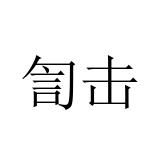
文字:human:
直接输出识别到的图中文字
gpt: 訇击